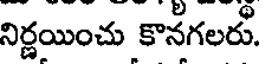
నిర్ణయించు కొనగలరు.